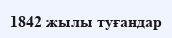
1842 жылы туғандар